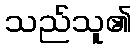
သည်သူ၏